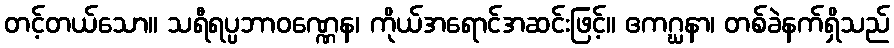
တင့်တယ်သော။ သရီရပ္ပဘာဝဏ္ဏေန၊ ကိုယ်အရောင်အဆင်းဖြင့်။ ဧကဂ္ဃနာ၊ တစ်ခဲနက်ရှိသည်